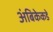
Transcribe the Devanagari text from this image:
अंबिकेकडे